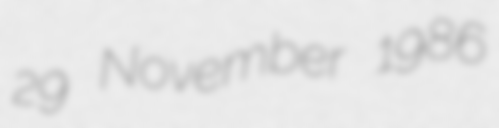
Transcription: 29 November 1986